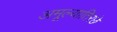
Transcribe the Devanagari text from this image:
अमूल्यातिरछे